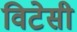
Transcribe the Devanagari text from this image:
विटेसी